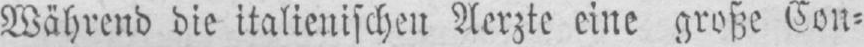
Während die italienischen Aerzte eine große Con⸗